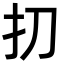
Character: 㧅